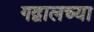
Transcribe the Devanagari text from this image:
गद्वालच्या